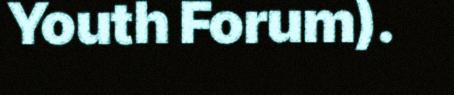
Youth Forum).